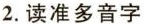
2.读准多音字